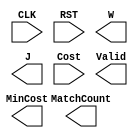
module JAM (
input CLK,
input RST,
output reg [2:0] W,
output reg [2:0] J,
input [6:0] Cost,
output reg [3:0] MatchCount,
output reg [9:0] MinCost,
output reg Valid );


endmodule